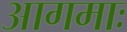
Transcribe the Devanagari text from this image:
आगमाः